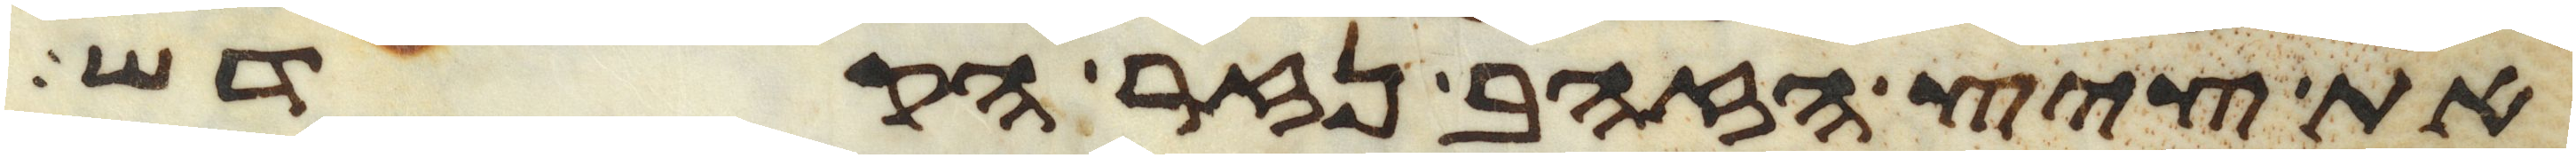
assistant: את ציץ הזהב נזר הקדש